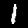
Digit: 1